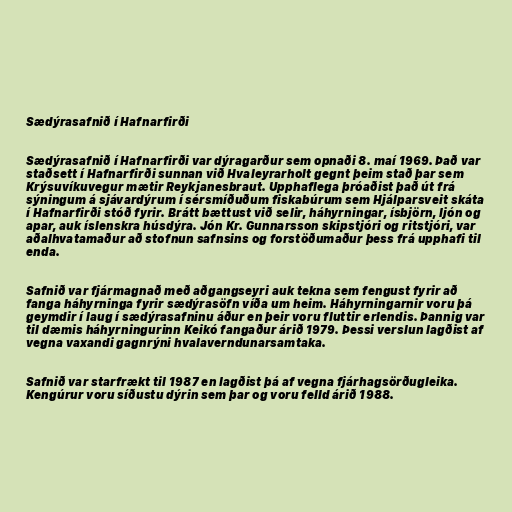
Sædýrasafnið í Hafnarfirði

Sædýrasafnið í Hafnarfirði var dýragarður sem opnaði 8. maí 1969. Það var
staðsett í Hafnarfirði sunnan við Hvaleyrarholt gegnt þeim stað þar sem
Krýsuvíkuvegur mætir Reykjanesbraut. Upphaflega þróaðist það út frá
sýningum á sjávardýrum í sérsmíðuðum fiskabúrum sem Hjálparsveit skáta
í Hafnarfirði stóð fyrir. Brátt bættust við selir, háhyrningar, ísbjörn, ljón og
apar, auk íslenskra húsdýra. Jón Kr. Gunnarsson skipstjóri og ritstjóri, var
aðalhvatamaður að stofnun safnsins og forstöðumaður þess frá upphafi til
enda.

Safnið var fjármagnað með aðgangseyri auk tekna sem fengust fyrir að
fanga háhyrninga fyrir sædýrasöfn víða um heim. Háhyrningarnir voru þá
geymdir í laug í sædýrasafninu áður en þeir voru fluttir erlendis. Þannig var
til dæmis háhyrningurinn Keikó fangaður árið 1979. Þessi verslun lagðist af
vegna vaxandi gagnrýni hvalaverndunarsamtaka.

Safnið var starfrækt til 1987 en lagðist þá af vegna fjárhagsörðugleika.
Kengúrur voru síðustu dýrin sem þar og voru felld árið 1988.